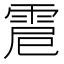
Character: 𩂵